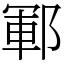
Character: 鄆